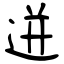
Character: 迸